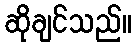
ဆိုချင်သည်။